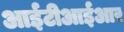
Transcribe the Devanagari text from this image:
आईटीआईआर